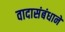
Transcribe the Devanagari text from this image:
वादासंबंधाने